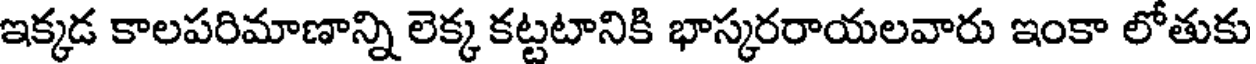
ఇక్కడ కాలపరిమాణాన్ని లెక్క కట్టటానికి భాస్కరరాయలవారు ఇంకా లోతుకు